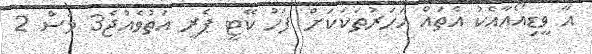
އާ ވީޑިއޯއާއެކު އެތައް އަހަރުތަކަކަށް ފަހު ކޭޓީ ޕެރީ އަތުވެއްޖެ3 މަސް 2